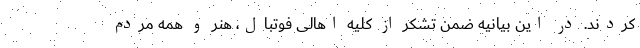
کردند. در این بیانیه ضمن تشکر از کلیه اهالی فوتبال، هنر و همه مردم